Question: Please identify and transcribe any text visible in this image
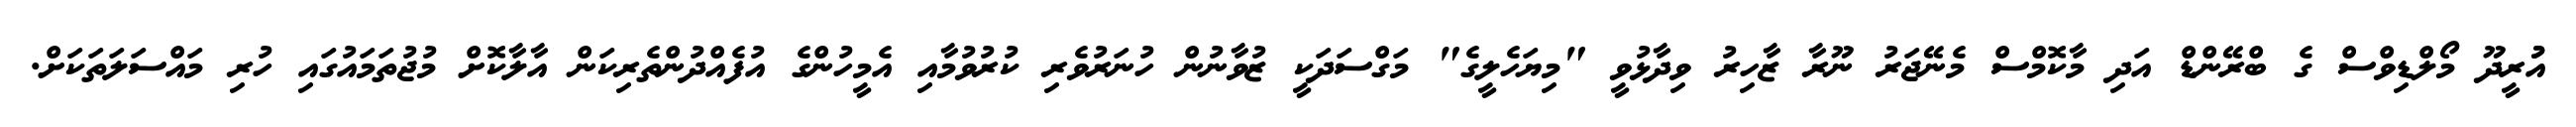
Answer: އުުރީދޫ މޯލްޑިވްސް ގެ ބްރޭންޑް އަދި މާކޮމްސް މެނޭޖަރު ނޫރާ ޒާހިރު ވިދާޅުވީ "މިޔަހެލީގެ" މަގްސަދަކީ ޒުވާނުން ހުނަރުވެރި ކުރުވުމާއި އެމީހުންގެ އުފެއްދުންތެރިކަން އާލާކޮށް މުޖުތަމައުގައި ހުރި މައްސަލަތަކަށް.